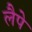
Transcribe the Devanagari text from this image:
लैपे